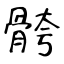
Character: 骻